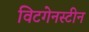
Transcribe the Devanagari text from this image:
विटगेनस्टीन